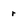
Character: r